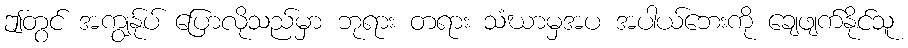
ဤတွင် အကျွန်ုပ် ပြောလိုသည်မှာ ဘုရား တရား သံဃာမှအပ အပါယ်ဘေးကို ချေဖျက်နိုင်သူ